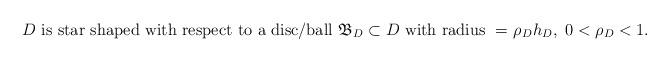
LaTeX: \begin{align*}{D}\ {\rm is\ star\ shaped\ with\ respect\ to\ a\ disc/ball\ } \mathfrak{B}_D\subset D {\rm \ with\ radius\ =\ } \rho_D h_D,\ 0<\rho_D<1.\end{align*}